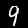
Digit: 9